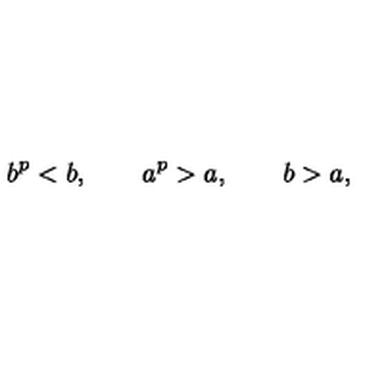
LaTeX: b ^ { p } < b , \qquad a ^ { p } > a , \qquad b > a ,